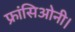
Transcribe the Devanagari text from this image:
फ्रांसिओनी।